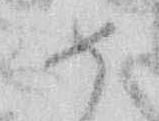
め